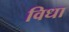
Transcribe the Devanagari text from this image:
विधा